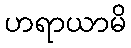
ဟရာယာမိ